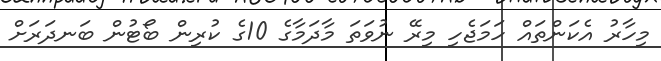
މިހާރު އެކަންތައް ހަމަޖެހި މިރޭ ނުވަތަ މާދަމާގެ 10ގެ ކުރިން ބޯޓުން ބަނދަރަށް